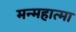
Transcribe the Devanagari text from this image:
मन्महात्मा